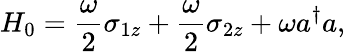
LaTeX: H_{0}=\frac{\omega}{2}\sigma_{1z}+\frac{\omega}{2}\sigma_{2z}+\omega a^{\dagger}a,